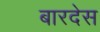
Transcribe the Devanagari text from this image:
बारदेस